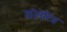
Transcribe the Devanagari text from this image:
कोनेटिव